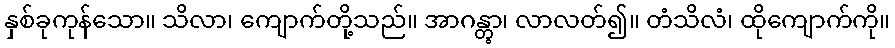
နှစ်ခုကုန်သော။ သိလာ၊ ကျောက်တို့သည်။ အာဂန္တွာ၊ လာလတ်၍။ တံသိလံ၊ ထိုကျောက်ကို။